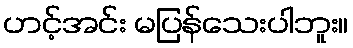
ဟင့်အင်း မပြန်သေးပါဘူး။